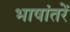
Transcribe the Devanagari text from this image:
भाषांतरें